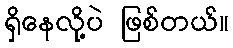
ရှိနေလို့ပဲ ဖြစ်တယ်။